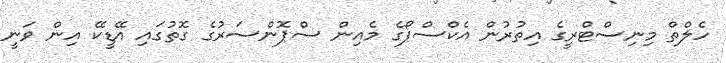
ހެލްތް މިނިސްޓްރީގެ އިތުރުން އެކްސްޕޯގެ މެއިން ސްޕޮންސަރުގެ ގޮތުގައި އޭޑީކޭ އިން ވަނީ